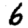
Digit: 6